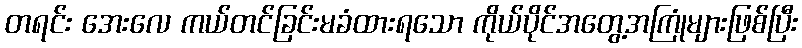
တရင်း အေးလေ ကယ်တင်ခြင်းမခံထားရသော ကိုယ်ပိုင်အတွေ့အကြုံများဖြစ်ပြီး